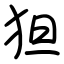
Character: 狚